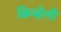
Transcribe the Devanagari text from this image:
क्रिव्हेली